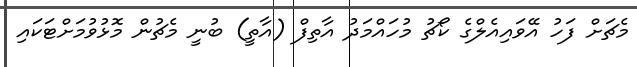
މެޗަށް ފަހު އޭވައިއެލްގެ ކޯޗު މުހައްމަދު އާތިފް (އާތީ) ބުނީ މެޗުން މޮޅުވުމަށްޓަކައި